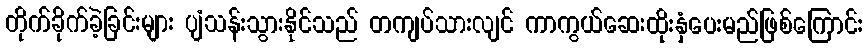
တိုက်ခိုက်ခဲ့ခြင်းများ ပျံသန်းသွားနိုင်သည် တကျပ်သားလျင် ကာကွယ်ဆေးထိုးနှံပေးမည်ဖြစ်ကြောင်း